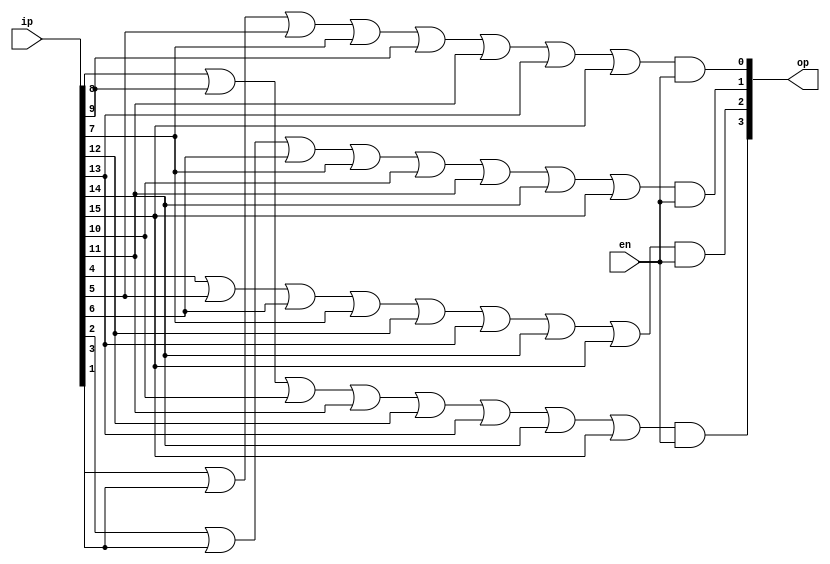
// METADATA ABOUT THE MODULE
//
// 	REG NO:  171CO226	     171CO253
// 	MODULE:  encoder
//
// END META DATA

module encoder(ip,en,op);
	
	// Declaring the inputs and outputs
	input [15:0]ip;
	input en;
	output [3:0]op;

	// Declaring the wires for internal usage
	wire r1,r2,r3,r4;

	// Storing the intermediate values in wires based on the boolean function for encoder
	or (r1,ip[8],ip[9],ip[10],ip[11],ip[12],ip[13],ip[14],ip[15]),
	   (r2,ip[4],ip[5],ip[6],ip[7],ip[12],ip[13],ip[14],ip[15]),
	   (r3,ip[2],ip[3],ip[6],ip[7],ip[10],ip[11],ip[14],ip[15]),
	   (r4,ip[1],ip[3],ip[5],ip[7],ip[9],ip[11],ip[13],ip[15]);

	// Putting the final values in output using the boolean function
	and (op[3],r1,en),
	    (op[2],r2,en),
	    (op[1],r3,en),
	    (op[0],r4,en);

endmodule